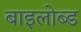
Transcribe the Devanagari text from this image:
बाइलोब्ड